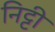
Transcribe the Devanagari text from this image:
निट्टी